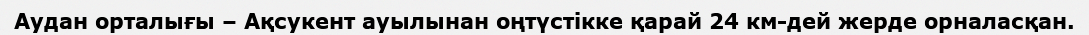
Аудан орталығы – Ақсукент ауылынан оңтүстікке қарай 24 км-дей жерде орналасқан.